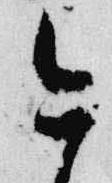
今